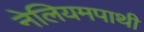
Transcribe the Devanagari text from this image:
नेलियमपाथी